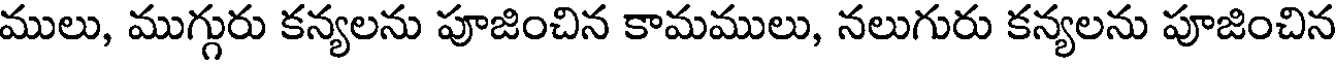
ములు, ముగ్గురు కన్యలను పూజించిన కామములు, నలుగురు కన్యలను పూజించిన